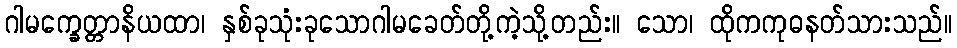
ဂါမက္ခေတ္တာနိယထာ၊ နှစ်ခုသုံးခုသောဂါမခေတ်တို့ကဲ့သို့တည်း။ သော၊ ထိုကကုဓနတ်သားသည်။